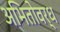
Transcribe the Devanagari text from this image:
अभितोवर्ध